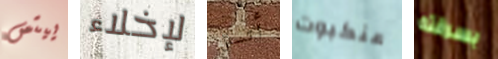
ييتس لإخلاء أتسلل عنكبوت بسرقته